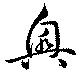
興